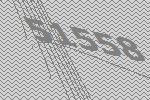
51558